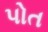
પોત